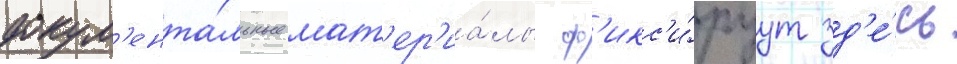
докум'ента́льные мат'ер'иа́лы ф'икс'и́руут зд'е́сь